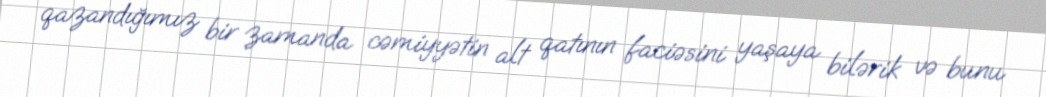
qazandığımız bir zamanda cəmiyyətin alt qatının faciəsini yaşaya bilərik və bunu